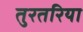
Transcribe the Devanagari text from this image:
तुरतरिया